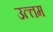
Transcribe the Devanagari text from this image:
उत्त्तम